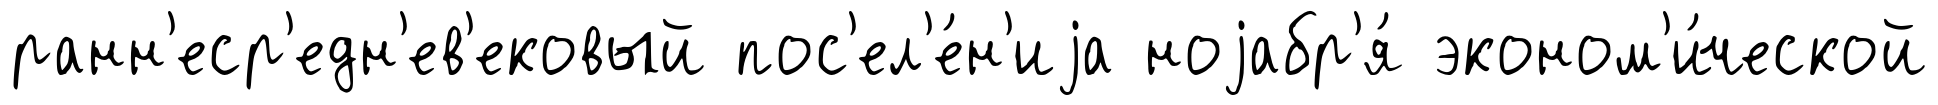
ранн'еср'едн'ев'ековый пос'ел'е́н'иjа ноjабр'я́ эконом'и́ческой